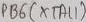
Text: PB6(XTAL1)